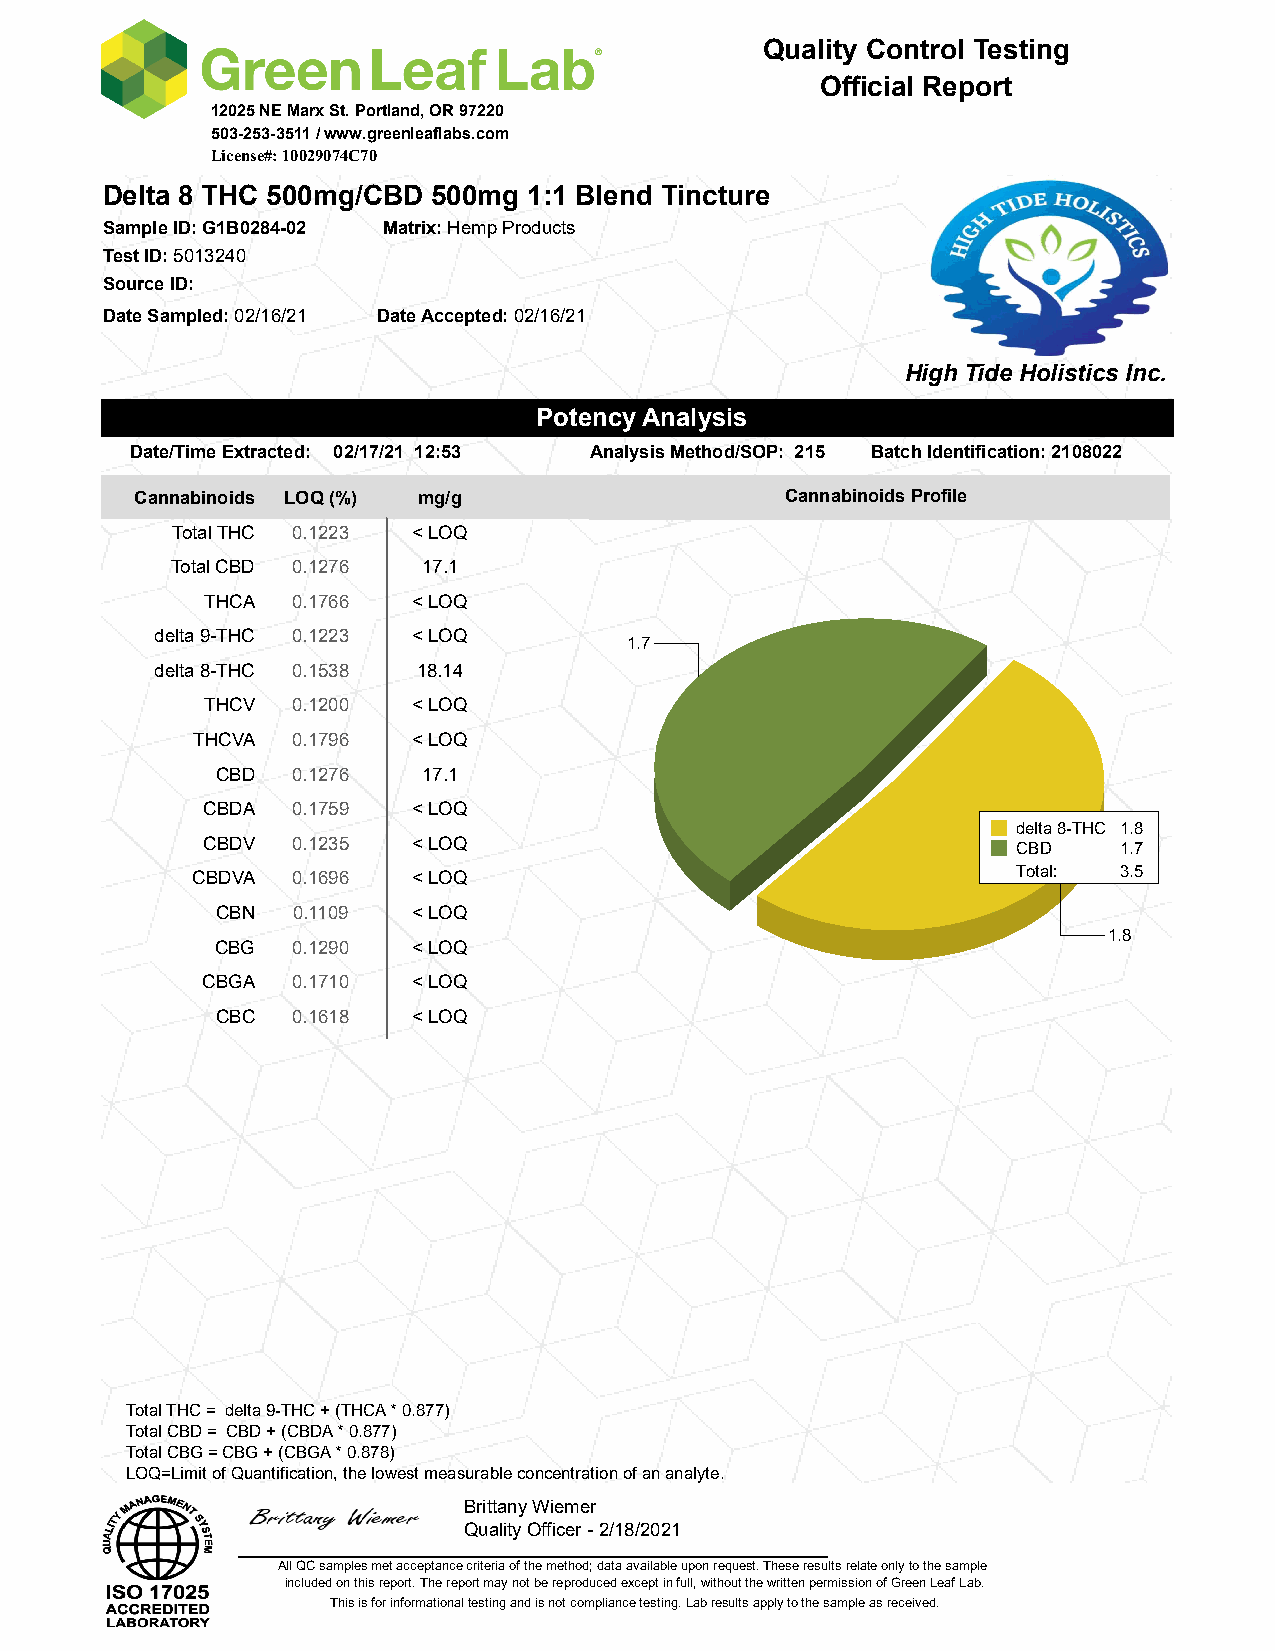
Quality Control Testing
 Official Report
 12025 NE Marx St. Portland, OR 97220
 503-253-3511 / www.greenleaflabs.com
 License#: 10029074C70
 Delta 8 THC 500mg/CBD 500mg 1:1 Blend Tincture
 Sample ID: G1B0284-02 Matrix: Hemp Products
 Test ID: 5013240
 Source ID:
 Date Sampled: 02/16/21 Date Accepted: 02/16/21
 High Tide Holistics Inc.
 Potency Analysis
 Date/Time Extracted: 02/17/21 12:53 Analysis Method/SOP: 215 Batch Identification: 2108022
 Cannabinoids LOQ (%) mg/g                  Cannabinoids Profile
 Total THC 0.1223 < LOQ
 Total CBD 0.1276 17.1
 THCA 0.1766  < LOQ
 delta 9-THC 0.1223 < LOQ
 1.7
 delta 8-THC 0.1538 18.14
 THCV 0.1200  < LOQ
 THCVA 0.1796  < LOQ
 CBD  0.1276   17.1
 CBDA  0.1759  < LOQ
 delta 8-THC 1.8
 CBDV  0.1235  < LOQ                                   CBD    1.7
 CBDVA 0.1696  < LOQ                                   Total: 3.5
 CBN  0.1109  < LOQ
 1.8
 CBG  0.1290  < LOQ
 CBGA  0.1710  < LOQ
 CBC  0.1618  < LOQ
 Total THC = delta 9-THC + (THCA * 0.877)
 Total CBD = CBD + (CBDA * 0.877)
 Total CBG = CBG + (CBGA * 0.878)
 LOQ=Limit of Quantification, the lowest measurable concentration of an analyte.
 Brittany Wiemer
 Quality Officer - 2/18/2021
 All QC samples met acceptance criteria of the method; data available upon request. These results relate only to the sample
 included on this report. The report may not be reproduced except in full, without the written permission of Green Leaf Lab.
 This is for informational testing and is not compliance testing. Lab results apply to the sample as received.